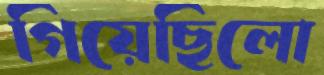
গিয়েছিলো